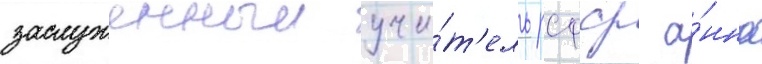
заслуженныи учи́т'ель рсфср а́нна